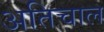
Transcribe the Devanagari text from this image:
अतिचाल